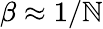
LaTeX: \beta\approx1/\mathbb{N}